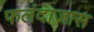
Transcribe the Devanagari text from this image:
फलंदाजास